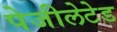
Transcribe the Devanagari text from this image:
पेजीलेटेड